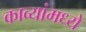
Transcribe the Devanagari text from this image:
काव्यांमध्ये